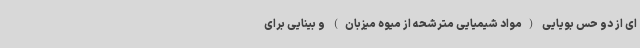
ای از دو حس بویایی (مواد شیمیایی مترشحه از میوه میزبان) و بینایی برای